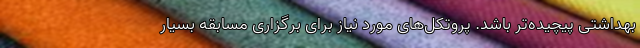
بهداشتی پیچیده‌تر باشد. پروتکل‌های مورد نیاز برای برگزاری مسابقه بسیار